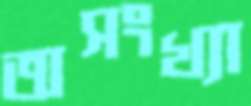
অসংখ্যা